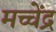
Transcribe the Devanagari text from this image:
मच्चेंद्र